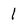
Character: I